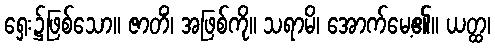
ရှေး၌ဖြစ်သော။ ဇာတိံ၊ အဖြစ်ကို။ သရာမိ၊ အောက်မေ့၏။ ယတ္ထ၊